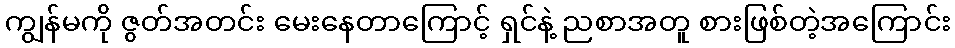
ကျွန်မကို ဇွတ်အတင်း မေးနေတာကြောင့် ရှင်နဲ့ ညစာအတူ စားဖြစ်တဲ့အကြောင်း